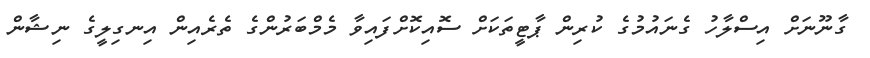
ގާނޫނަށް އިސްލާހު ގެނައުމުގެ ކުރިން ޕާޓީތަކަށް ސޮއިކޮށްފައިވާ މެމްބަރުންގެ ތެރެއިން އިނގިލީގެ ނިޝާން